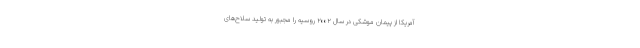
آمریکا از پیمان موشکی در سال ۲۰۰۲ روسیه را مجبور به تولید سلاح‌های